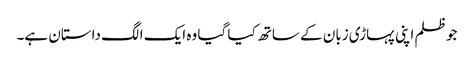
جو ظلم اپنی پہاڑی زبان کے ساتھ کیا گیا وہ ایک الگ داستان ہے۔